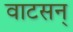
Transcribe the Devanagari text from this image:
वाटसन्